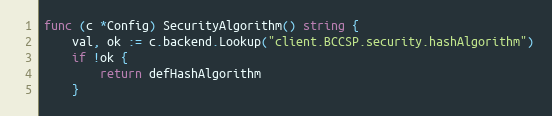
Language: Go
func (c *Config) SecurityAlgorithm() string {
	val, ok := c.backend.Lookup("client.BCCSP.security.hashAlgorithm")
	if !ok {
		return defHashAlgorithm
	}